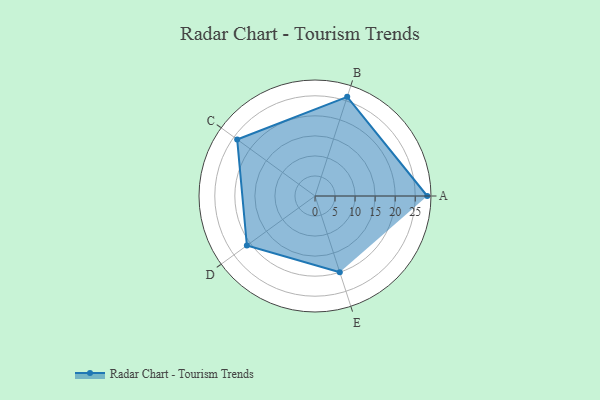
{"axis": {"x": "Skill", "y": "Score"}, "legend": ["Profile"], "data": [{"x": "A", "y": 28.0, "type": "Profile"}, {"x": "B", "y": 26.0, "type": "Profile"}, {"x": "C", "y": 24.0, "type": "Profile"}, {"x": "D", "y": 21.0, "type": "Profile"}, {"x": "E", "y": 20, "type": "Profile"}]}